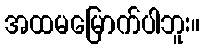
အထမမြောက်ပါဘူး။